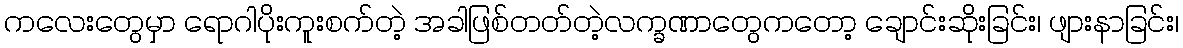
ကလေးတွေမှာ ရောဂါပိုးကူးစက်တဲ့ အခါဖြစ်တတ်တဲ့လက္ခဏာတွေကတော့ ချောင်းဆိုးခြင်း၊ ဖျားနာခြင်း၊